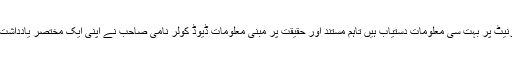
اس بارے میں انٹرنیٹ پر بہت سی معلومات دستیاب ہیں تاہم مستند اور حقیقت پر مبنی معلومات ڈیوڈ کولر نامی صاحب نے اپنی ایک مختصر یادداشت میں بیان کی ہیں۔